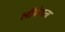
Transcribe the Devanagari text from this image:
लीबेराता